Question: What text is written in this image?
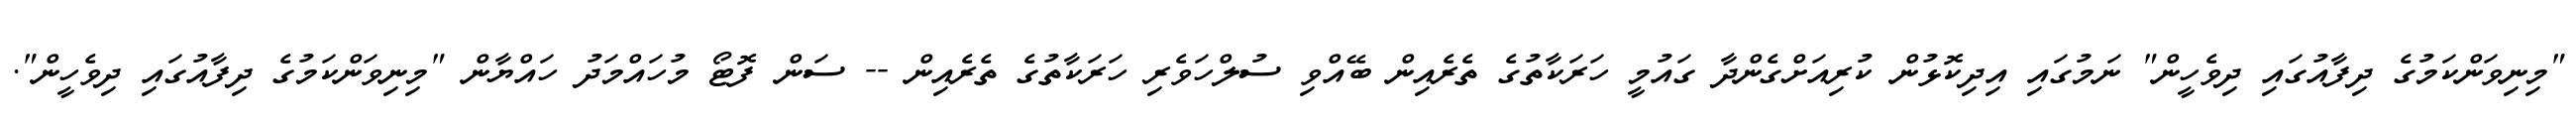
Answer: "މިނިވަންކަމުގެ ދިފާއުގައި ދިވެހީން" ނަމުގައި އިދިކޮޅުން ކުރިއަށްގެންދާ ގައުމީ ހަރަކާތުގެ ތެރެއިން ބޭއްވި ސުލްހަވެރި ހަރަކާތުގެ ތެރެއިން -- ސަން ފޮޓޯ މުހައްމަދު ހައްޔާން "މިނިވަންކަމުގެ ދިފާއުގައި ދިވެހީން".